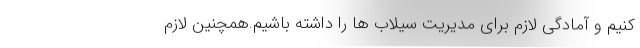
کنیم و آمادگی لازم برای مدیریت سیلاب ها را داشته باشیم.همچنین لازم